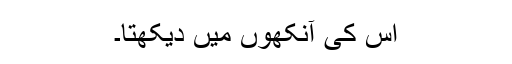
اس کی آنکھوں میں دیکھتا۔